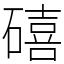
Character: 礂